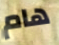
هام